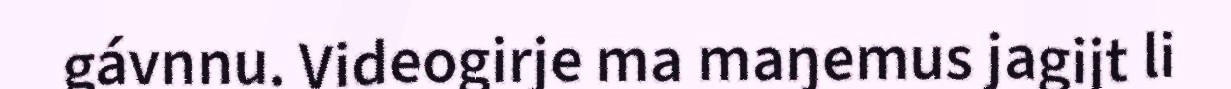
gávnnu. Videogirje ma maŋemus jagijt li